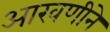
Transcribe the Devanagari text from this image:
आखणीने